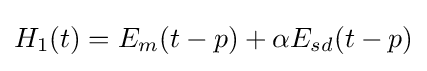
{\begin{aligned}&H_{1}(t)=E_{m}(t-p)+\alpha E_{sd}(t-p)\\\end{aligned}}